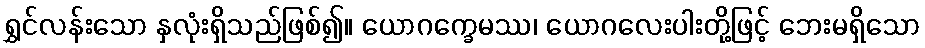
ရွှင်လန်းသော နှလုံးရှိသည်ဖြစ်၍။ ယောဂက္ခေမဿ၊ ယောဂလေးပါးတို့ဖြင့် ဘေးမရှိသော